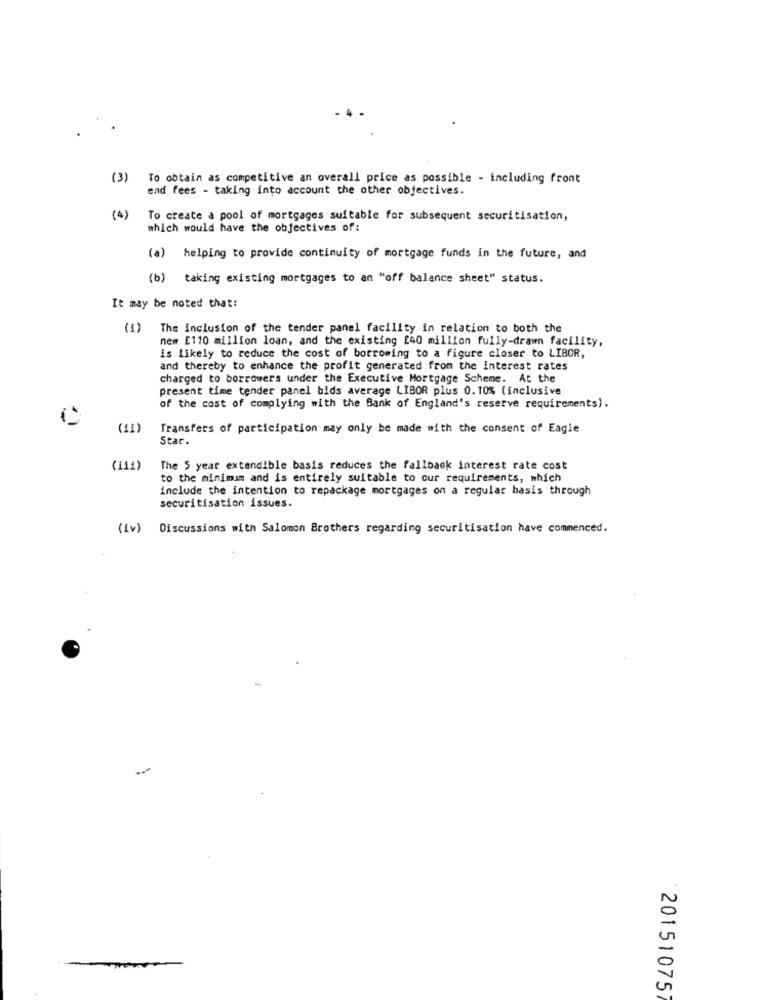
(3)
To obtain as competitive an overall price as possible - including front
end fees - taking into account the other objectives.
(4)
To create a pool of mortgages suitable for subsequent securitisation,
which would have the objectives of:
(a) helping to provide continuity of mortgage funds in the future, and
(b) taking existing mortgages to an "off balance sheet" status.
It may be noted that:
(1)
The inclusion of the tender panel facility in relation to both the
nem E110 million loan, and the existing £40 million fully-drawn facility,
is likely to reduce the cost of borrowing to a figure closer to LIBOR,
and thereby to enhance the profit generated from the interest rates
charged to borrowers under the Executive Mortgage Scheme. At the
present time tender panel bids average LIBOR plus 0. 10% (inclusive
of the cost of complying with the Bank of England's reserve requirements).
(11)
Transfers of participation may only be made with the consent of Eagle
Star.
(111)
The 5 year extendible basis reduces the fallback interest rate cost
to the minimum and is entirely suitable to our requirements, which
include the intention to repackage mortgages on a regular basis through
securitisation issues.
(iv) Discussions with Salomon Brothers regarding securitisation have commenced.
20151075